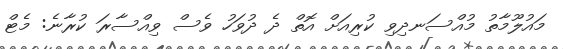
މައުލޫމާތު މުއްސަނދިވި ކުރިއަށް އޮތް ދެ ދުވަހު ވެސް ވިއްސާރަ ކުރާނެ: މެޓް